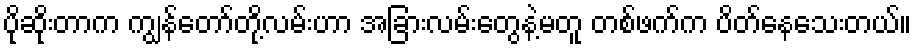
ပိုဆိုးတာက ကျွန်တော်တို့လမ်းဟာ အခြားလမ်းတွေနဲ့မတူ တစ်ဖက်က ပိတ်နေသေးတယ်။